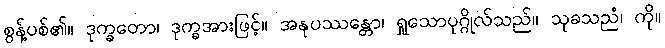
စွန့်ပစ်၏။ ဒုက္ခတော၊ ဒုက္ခအားဖြင့်။ အနုပဿန္တော၊ ရှုသောပုဂ္ဂိုလ်သည်။ သုခသညံ၊ ကို။